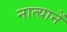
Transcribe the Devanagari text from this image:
नात्यानें